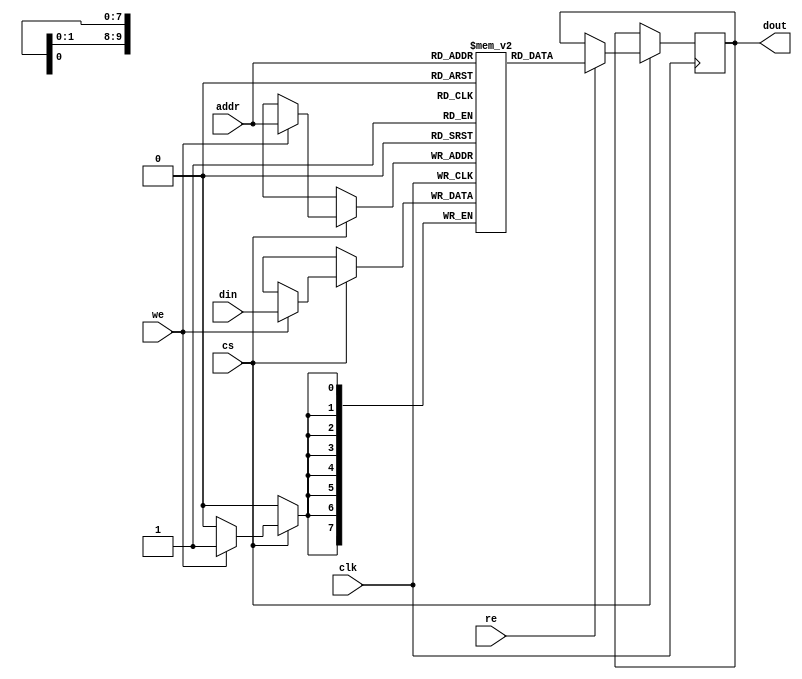
module embedded_sram #(
    parameter DATA_WIDTH = 8,        // Configurable word size (e.g., 8, 16, 32)
    parameter ADDR_WIDTH = 10,       // Address width for the number of locations
    parameter DEPTH = (1 << ADDR_WIDTH) // Depth of SRAM based on address width
)(
    input wire clk,                  // Clock signal
    input wire cs,                   // Chip Select
    input wire we,                   // Write Enable
    input wire re,                   // Read Enable
    input wire [ADDR_WIDTH-1:0] addr, // Address input
    input wire [DATA_WIDTH-1:0] din,  // Data input
    output reg [DATA_WIDTH-1:0] dout // Data output
);

    // SRAM memory array
    reg [DATA_WIDTH-1:0] memory [0:DEPTH-1];

    always @(posedge clk) begin
        if (cs) begin
            if (we) begin
                // Write operation
                memory[addr] <= din;
            end
            if (re) begin
                // Read operation
                dout <= memory[addr];
            end
        end
    end
endmodule